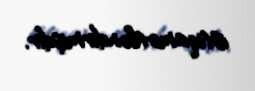
istiqamətləndirmişdir.